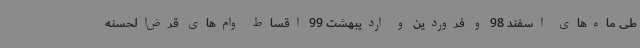
طی ماه‌های اسفند 98 و فروردین و اردیبهشت 99 اقساط وام‌های قرض‌الحسنه